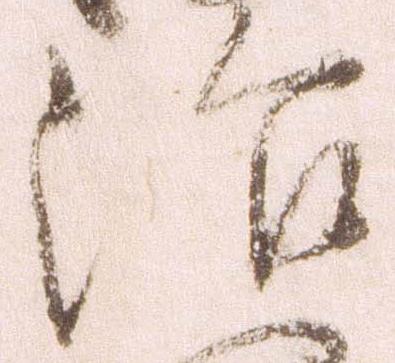
治